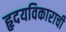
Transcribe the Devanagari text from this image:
हृदयविकाराची